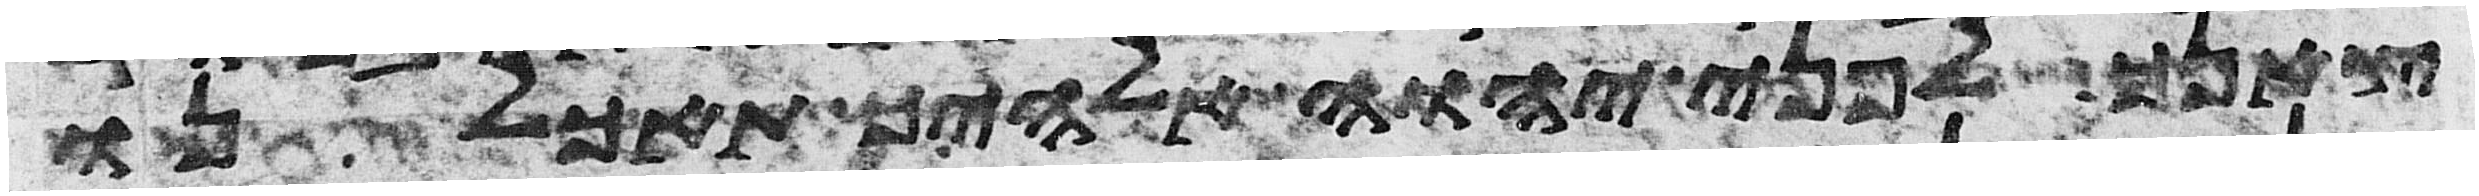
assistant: צאנך לפני יהוה אלהיך תאכלנו